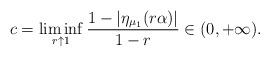
LaTeX: \begin{align*}c=\liminf_{r\uparrow1}\frac{1-\left|\eta_{\mu_{1}}(r\alpha)\right|}{1-r}\in(0,+\infty).\end{align*}